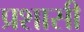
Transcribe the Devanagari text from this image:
प्रशासी